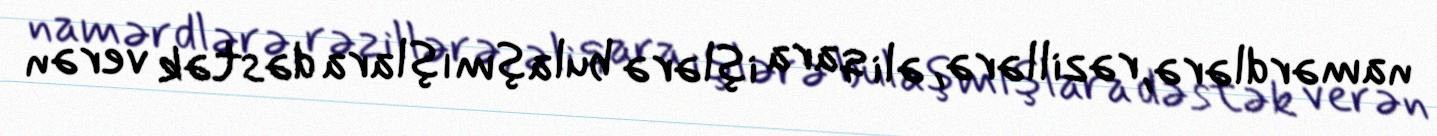
namərdlərə, rəzillərə, əli qara işlərə bulaşmışlara dəstək verən